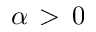
\alpha \, > \, 0